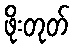
ဖိုးတုတ်